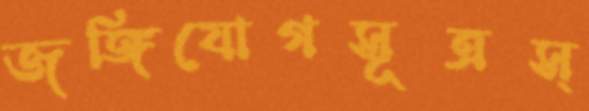
জঙ্গিযোগসূত্রস্